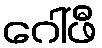
ဂေါ်ဖီ